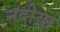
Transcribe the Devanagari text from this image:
नदीय़ा